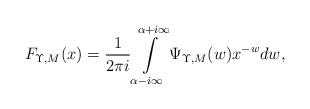
LaTeX: \begin{align*} F_{\Upsilon,M}(x) = \frac{1}{2\pi i} \int\limits_{\alpha-i\infty}^{\alpha+i\infty} \Psi_{\Upsilon,M}(w) x^{-w} dw,\end{align*}